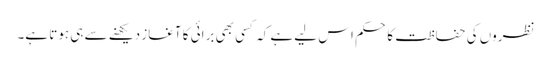
نظروں کی حفاظت کا حکم اس لیے ہے کہ کسی بھی برائی کا آغاز دیکھنے سے ہی ہوتا ہے۔